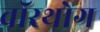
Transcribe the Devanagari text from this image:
वॉरथोग